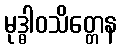
မုဒ္ဓါဝသိတ္တေန